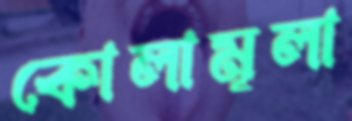
কোলামূলা